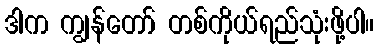
ဒါက ကျွန်တော် တစ်ကိုယ်ရည်သုံးဖို့ပါ။